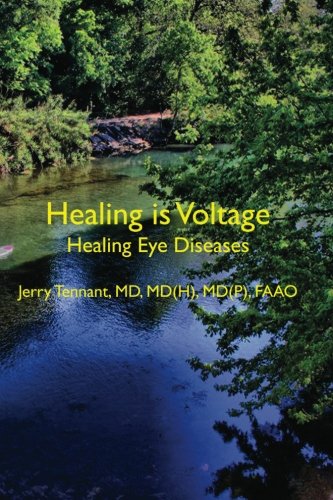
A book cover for Healing is Voltage: Healing Eye Diseases; MD, Jerry L Tennant MD; Health, Fitness & Dieting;